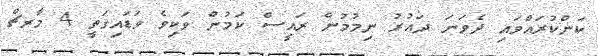
ކަންކުރައްވައި ދެވަނަ ދައުރު ނިމުމުން ރައީސް ކަމުން ވަކިވެ ވަޑައިގަތީ 4 މާރޗް